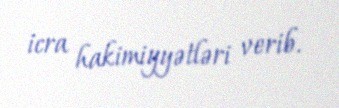
icra hakimiyyətləri verib.